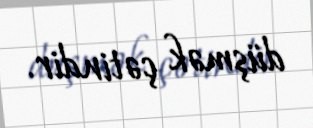
düşmək çətindir.